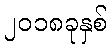
၂၀၁၈ခုနှစ်